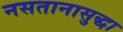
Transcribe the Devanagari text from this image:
नसतानासुद्धा